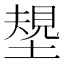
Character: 𱗪